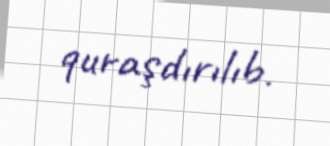
quraşdırılıb.